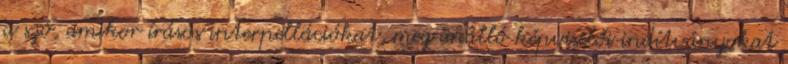
a szó, amikor írásos interpellációkat, meg önálló képviselői indítványokat